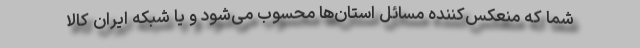
شما که منعکس‌کننده مسائل استان‌ها محسوب می‌شود و یا شبکه ایران کالا